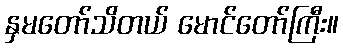
နှမတော်သိတယ် မောင်တော်ကြီး။